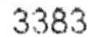
3383